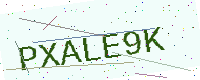
Text: PXALE9K